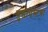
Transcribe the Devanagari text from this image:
बुडापेस्टचा